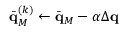
\bar { \mathbf q } _ { M } ^ { ( k ) } \gets \bar { \mathbf q } _ { M } - \alpha \Delta \mathbf q